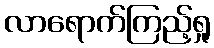
လာရောက်ကြည့်ရှု